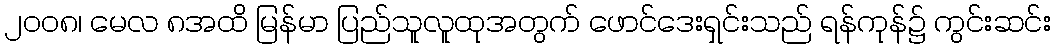
၂၀၀၈၊ မေလ ၈အထိ မြန်မာ ပြည်သူလူထုအတွက် ဖောင်ဒေးရှင်းသည် ရန်ကုန်၌ ကွင်းဆင်း